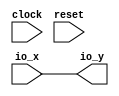
module OptimizationBarrier_36(
  input        clock,
  input        reset,
  input  [2:0] io_x,
  output [2:0] io_y
);
  assign io_y = io_x; // @[package.scala 263:12]
endmodule